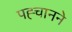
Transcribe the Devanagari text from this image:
पह्चानने